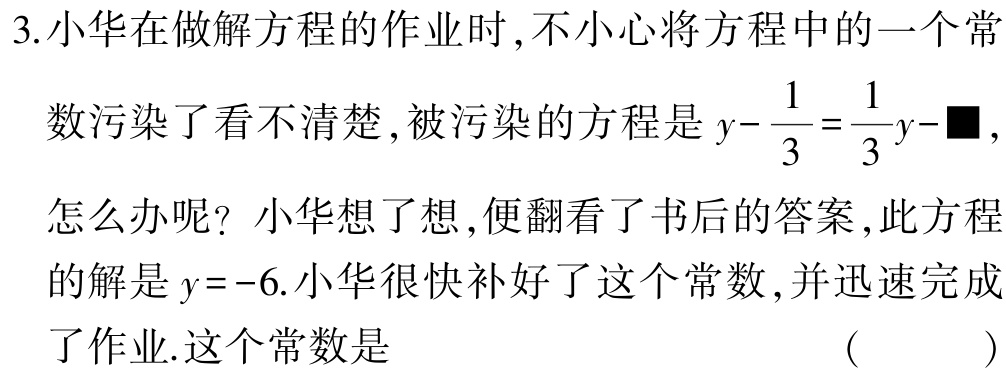
3.小华在做解方程的作业时,不小心将方程中的一个常

数污染了看不清楚,被污染的方程是$y - \frac{1}{3} = \frac{1}{3}y -■$,

怎么办呢? 小华想了想,便翻看了书后的答案,此方程

的解是$y = - 6$.小华很快补好了这个常数,并迅速完成

了作业.这个常数是 （  ）